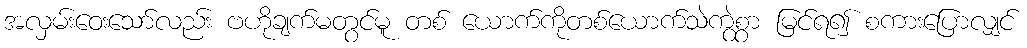
အလှမ်းဝေးသော်လည်း ဗဟိုချက်မတွင်မူ တစ် ယောက်ကိုတစ်ယောက်သဲကွဲစွာ မြင်ရ၍ စကားပြောလျှင်